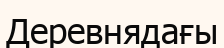
Деревнядағы